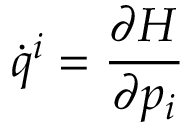
{ \dot { q } } ^ { i } = { \frac { \partial H } { \partial p _ { i } } } \quad